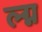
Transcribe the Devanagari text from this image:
ल्ग्न